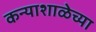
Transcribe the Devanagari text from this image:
कन्याशाळेच्या